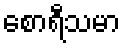
စောရီသမာ